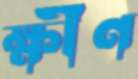
ক্ষীণ